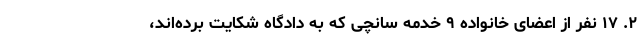
۲. ۱۷ نفر از اعضای خانواده ۹ خدمه سانچی که به دادگاه شکایت برده‌اند،